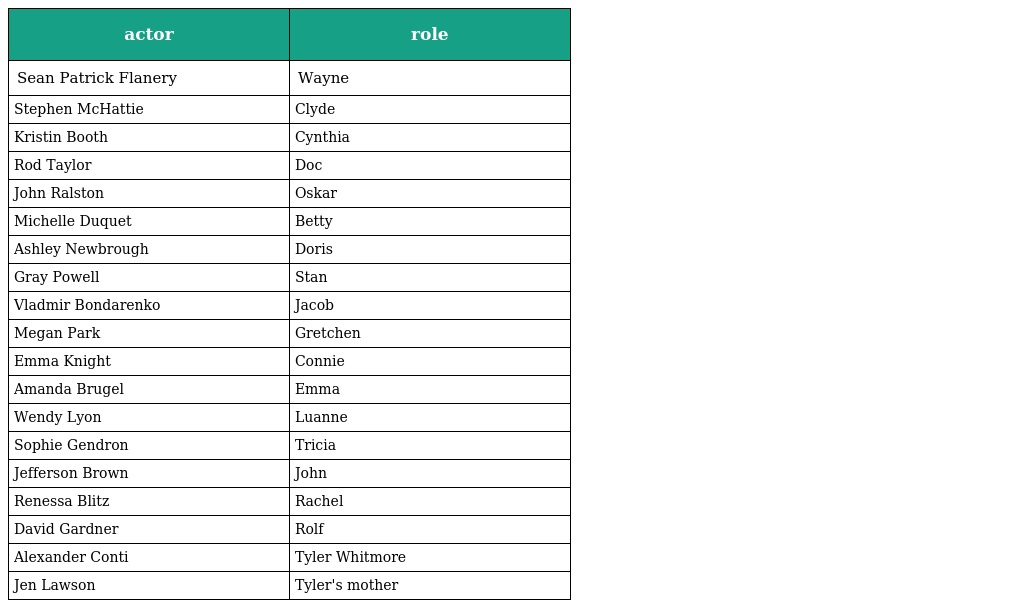
| actor | role |
 | --- | --- |
 | Sean Patrick Flanery | Wayne |
 | Stephen McHattie | Clyde |
 | Kristin Booth | Cynthia |
 | Rod Taylor | Doc |
 | John Ralston | Oskar |
 | Michelle Duquet | Betty |
 | Ashley Newbrough | Doris |
 | Gray Powell | Stan |
 | Vladmir Bondarenko | Jacob |
 | Megan Park | Gretchen |
 | Emma Knight | Connie |
 | Amanda Brugel | Emma |
 | Wendy Lyon | Luanne |
 | Sophie Gendron | Tricia |
 | Jefferson Brown | John |
 | Renessa Blitz | Rachel |
 | David Gardner | Rolf |
 | Alexander Conti | Tyler Whitmore |
 | Jen Lawson | Tyler's mother |